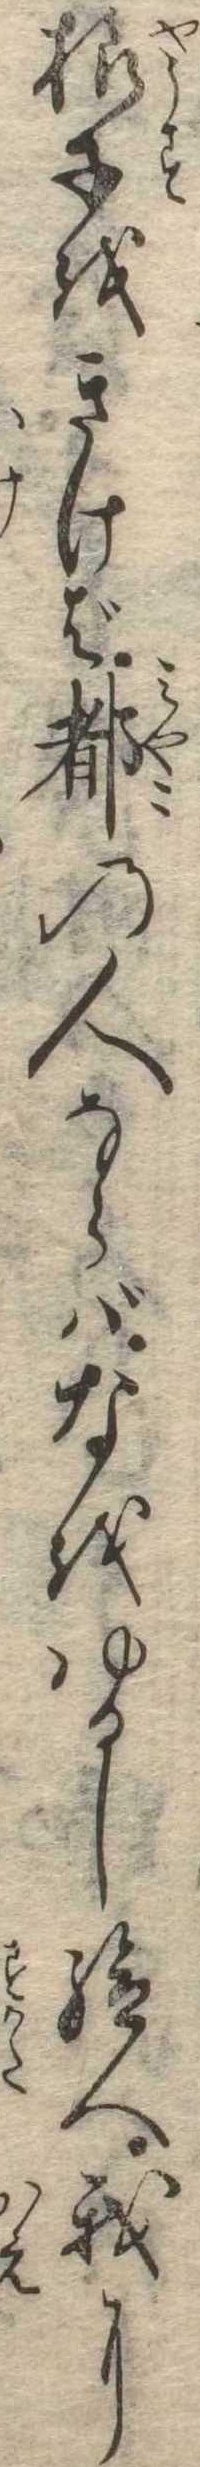
様子をきけば都の人ならばなをゆるし給へ我に